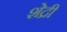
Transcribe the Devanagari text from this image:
शेद्री